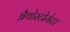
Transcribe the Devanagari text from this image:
ग्नैथोस्टोमेटा